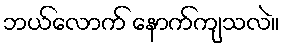
ဘယ်လောက် နောက်ကျသလဲ။